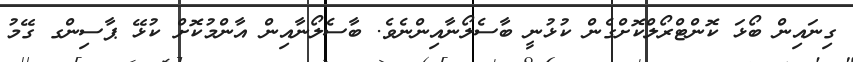
ގިނައިން ބޯޅަ ކޮންޓްރޯލްކޮށްގެން ކުޅުނީ ބާސެލޯނާއިންނެވެ. ބާސެލޯނާއިން އާންމުކޮށް ކުޅޭ ޕާސިންގ ގޭމު